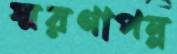
স্মরণাপন্ন